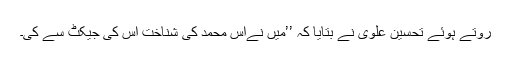
روتے ہوئے تحسین علوی نے بتایا کہ ’’میں نےآس محمد کی شناخت اس کی جیکٹ سے کی۔